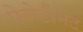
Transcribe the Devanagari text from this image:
पेलेटीनेट